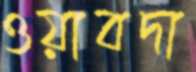
ওয়াবদা